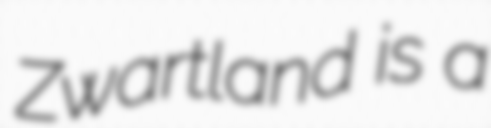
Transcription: Zwartland is a